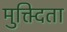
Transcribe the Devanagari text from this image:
मुक्त्दिता